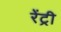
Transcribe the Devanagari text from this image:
रेंट्री